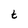
Character: t